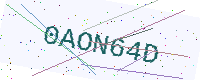
Text: 0AON64D